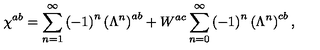
\chi ^ { a b } = \sum _ { n = 1 } ^ { \infty } \left( - 1 \right) ^ { n } \left( \Lambda ^ { n } \right) ^ { a b } + W ^ { a c } \sum _ { n = 0 } ^ { \infty } \left( - 1 \right) ^ { n } \left( \Lambda ^ { n } \right) ^ { c b } ,